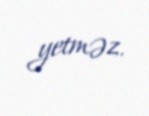
yetməz.